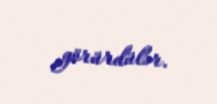
görürdülər.